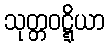
သုတ္တဝဋ္ဋိယာ